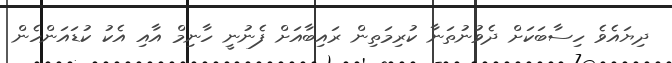
ދިޔައެވެ ހިސާބަކަށް ދެވުނުތަނާ ކުރިމަތިން ރައިބާއަށް ފެނުނީ ހާނިމް އާއި އެކު ކުޑައަންހެން